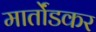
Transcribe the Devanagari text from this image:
मार्तोंडकर